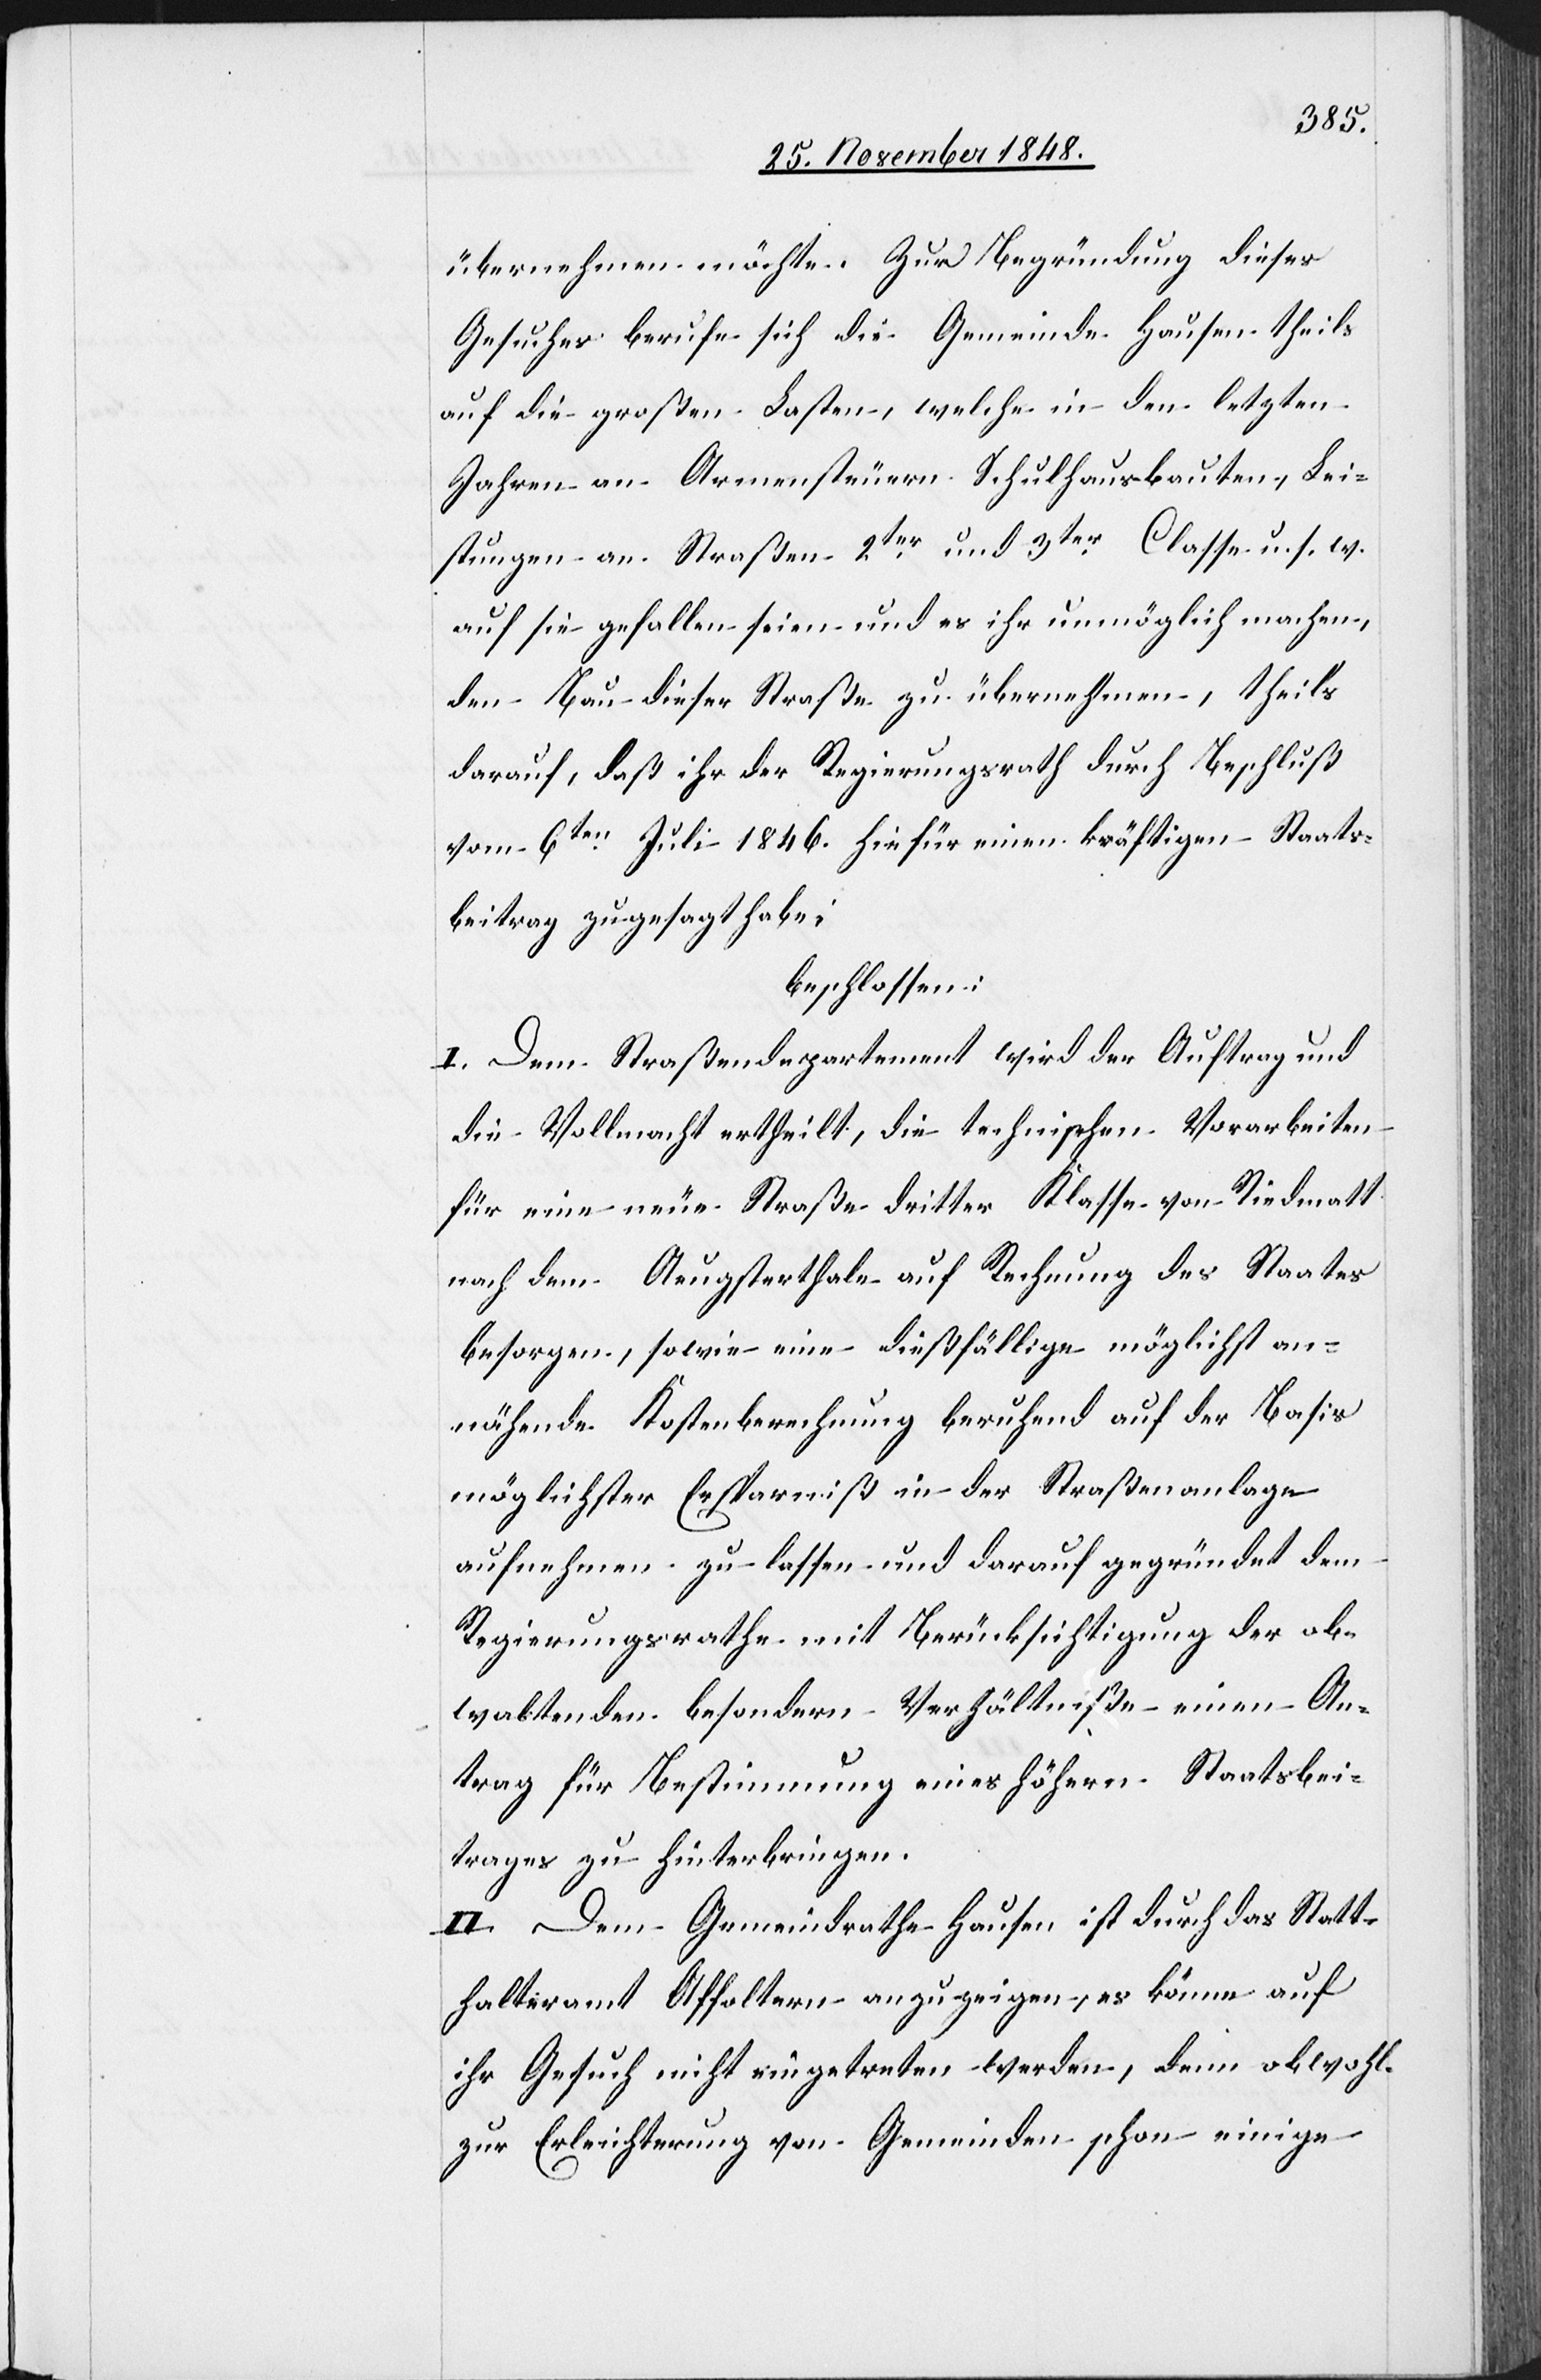
übernehmen möchte. Zur Begründung dieses
Gesuches berufe sich die Gemeinde Hausen theils
auf die großen Lasten, welche in den letzten
Jahren an Armensteuern[,] Schulhausbauten, Lei¬
stungen an Straßen 2ter und 3ter Classe u. s. w.
auf sie gefallen seien und es ihr unmöglich machen,
den Bau dieser Straße zu übernehmen, theils
darauf, daß ihr der Regierungsrath durch Beschluß
vom 6ten Juli 1846. hiefür einen kräftigen Staats¬
beitrag zugesagt habe;
beschlossen:
I. Dem Straßendepartement wird der Auftrag und
die Vollmacht ertheilt, die technischen Vorarbeiten
für eine neue Straße dritter Klasse von Riedmatt
nach dem Auegsterthale auf Rechnung des Staates
besorgen, sowie eine dießfällige möglichst an¬
nähende Kostenberechnung beruhend auf der Basis
möglichster Ersparniß in der Straßenanlage
aufnehmen zu lassen und darauf gegründet dem
Regierungsrathe mit Berücksichtigung der ob¬
waltenden besondern Verhältniße einen An¬
trag für Bestimmung eines höhern Staatsbei¬
trages zu hinterbringen.
II. Dem Gemeindrathe Hausen ist durch das Statt¬
halteramt Affoltern anzuzeigen, es könne auf
ihr Gesuch nicht eingetreten werden, denn obwohl
zur Erleichterung von Gemeinden schon einige